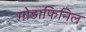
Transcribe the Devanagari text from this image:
मोडाफिनिल